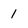
Character: 1